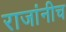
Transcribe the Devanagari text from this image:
राजांनीच